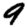
Digit: 9